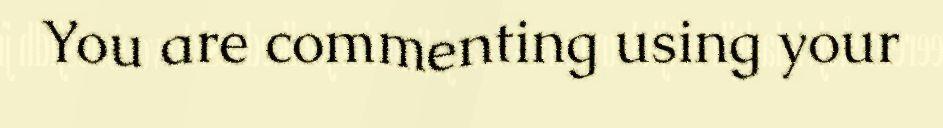
You are commenting using your